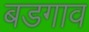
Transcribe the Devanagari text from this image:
बडगाव